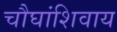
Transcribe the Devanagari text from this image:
चौघांशिवाय